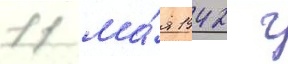
11 ма́я 1942 г